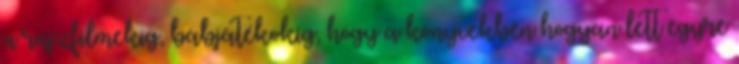
a rajzfilmekig, bábjátékokig, hogy a könyvekben hogyan lett egyre